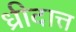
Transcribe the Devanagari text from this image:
ध्रीदात्त